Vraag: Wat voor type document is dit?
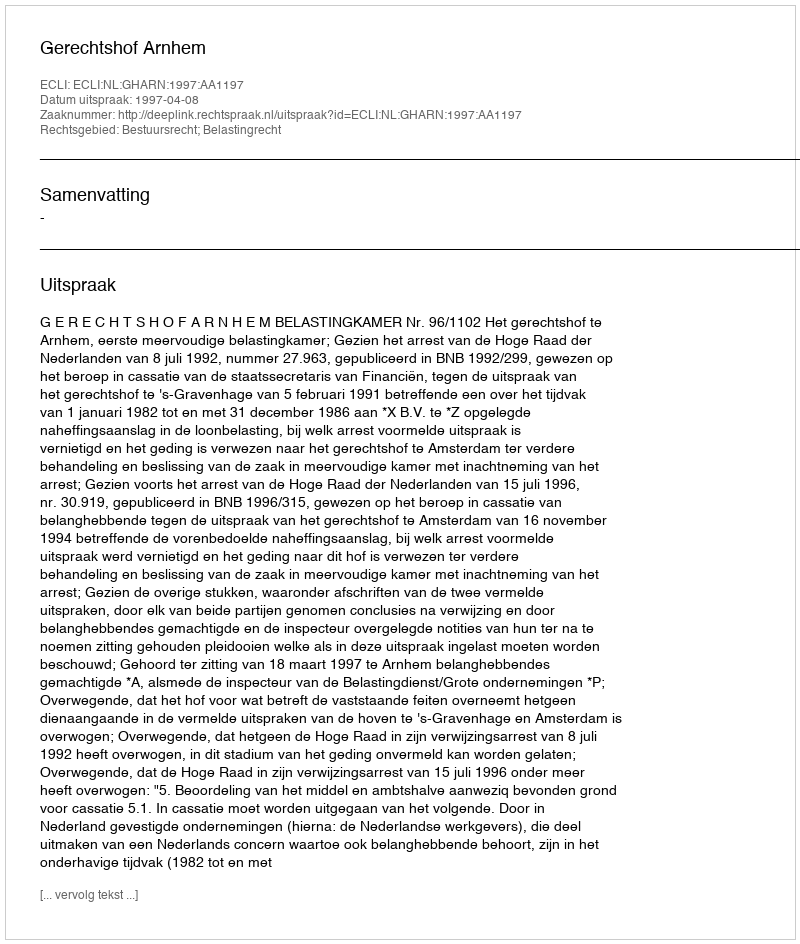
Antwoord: Uitspraak